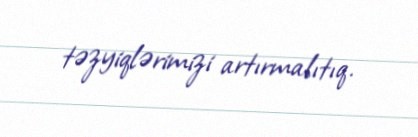
təzyiqlərimizi artırmalıtıq.